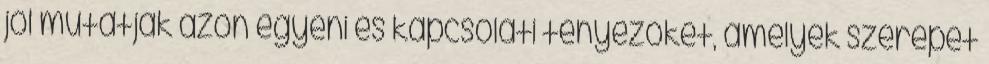
jól mutatják azon egyéni és kapcsolati tényezőket, amelyek szerepet